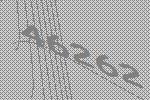
46262